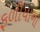
ફળીયાના